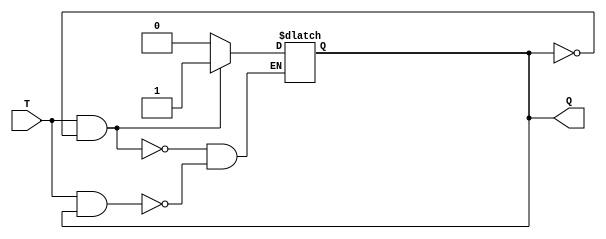
module T_flip_flop(
    input T,
    output reg Q
);

always @(*) begin
    if (T && !Q) // when T transitions from low to high, toggle Q
        Q <= 1'b1;
    else if (T && Q) // when T transitions from low to high, toggle Q
        Q <= 1'b0;
end

endmodule